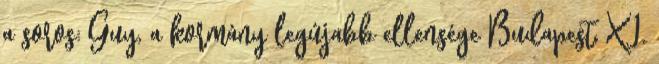
a soros: Guy, a kormány legújabb ellensége Budapest, XI.